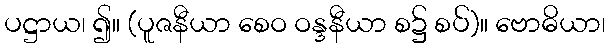
ပဋ္ဌာယ၊ ၍။ (ပူဇနီယာ စေဝ ဝန္ဒနီယာ စ၌ စပ်)။ ဗောဓိယာ၊